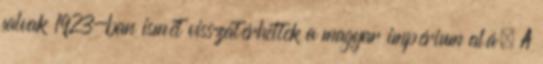
falvak 1923-ban ismét visszatérhettek a magyar impérium alá. A